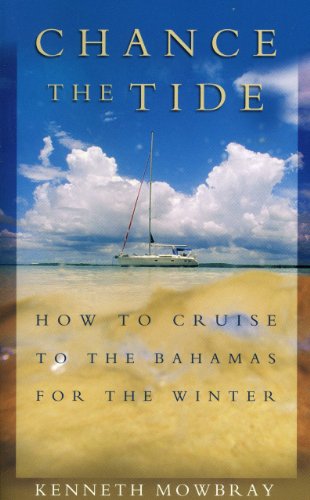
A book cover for Chance the Tide: How to Cruise to the Bahamas for the Winter; Kenneth Mowbray; Travel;